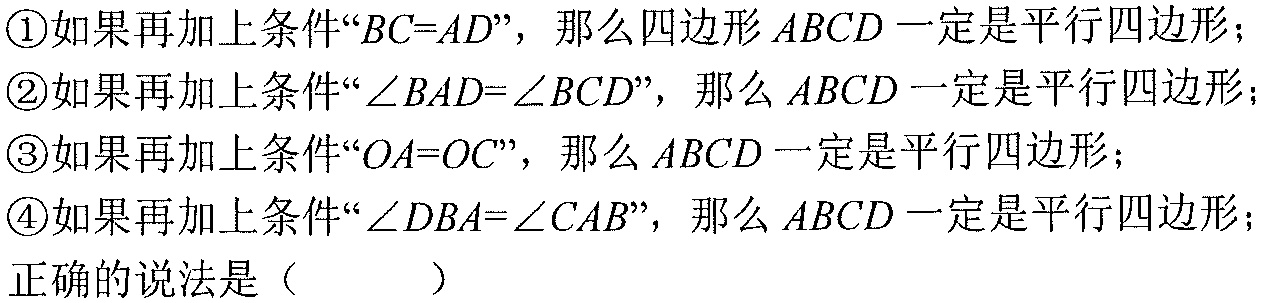
\textcircled{1}如果再加上条件“\(BC = AD\)”，那么四边形 \(ABCD\) 一定是平行四边形；
\textcircled{2}如果再加上条件“\(\angle BAD=\angle BCD\)”，那么 \(ABCD\) 一定是平行四边形；
\textcircled{3}如果再加上条件“\(OA = OC\)”，那么 \(ABCD\) 一定是平行四边形；
\textcircled{4}如果再加上条件“\(\angle DBA=\angle CAB\)”，那么 \(ABCD\) 一定是平行四边形；
正确的说法是（  ）